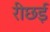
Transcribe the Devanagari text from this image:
रीछई